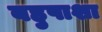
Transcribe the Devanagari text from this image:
बहुपाशा